Indian journal of veterinary science and animal husbandry - Volume 4,
Year: 1934
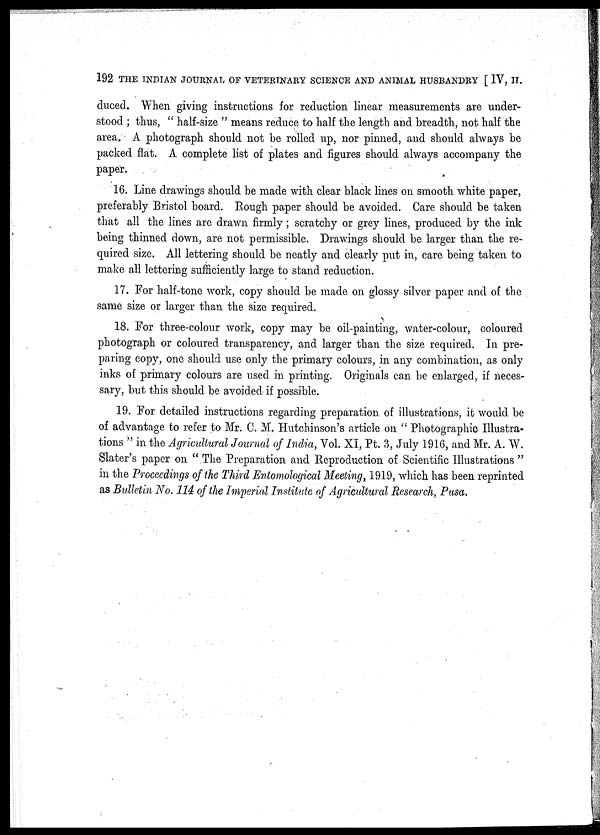
192 THE INDIAN JOURNAL OF VETERINARY SCIENCE AND ANIMAL HUSBANDRY [ IV, II.
duced. When giving instructions for reduction linear measurements are under-
stood ; thus, " half-size " means reduce to half the length and breadth, not half the
area. A photograph should not be rolled up, nor pinned, and should always be
packed flat. A complete list of plates and figures should always accompany the
paper.
16. Line drawings should be made with clear black lines on smooth white paper,
preferably Bristol board. Rough paper should be avoided. Care should be taken
that all the lines are drawn firmly; scratchy or grey lines, produced by the ink
being thinned down, are not permissible. Drawings should be larger than the re-
quired size. All lettering should be neatly and clearly put in, care being taken to
make all lettering sufficiently large to stand reduction.
17. For half-tone work, copy should be made on glossy silver paper and of the
same size or larger than the size required.
18. For three-colour work, copy may be oil-painting, water-colour, coloured
photograph or coloured transparency, and larger than the size required. In pre-
paring copy, one should use only the primary colours, in any combination, as only
inks of primary colours are used in printing. Originals can be enlarged, if neces-
sary, but this should be avoided if possible.
19. For detailed instructions regarding preparation of illustrations, it would be
of advantage to refer to Mr. C. M. Hutchinson's article on " Photographic Illustra-
tions " in the Agricultural Journal of India, Vol. XI, Pt. 3, July 1916, and Mr. A. W.
Slater's paper on " The Preparation and Reproduction of Scientific Illustrations "
in the Proceedings of the Third Entomological Meeting, 1919, which has been reprinted
as Bulletin No. 114 of the Imperial Institute of Agricultural Research, Pusa.